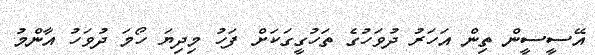
އޭސީސީން ތިން އަހަރު ދުވަހުގެ ތަހުގީގަކަށް ފަހު މިދިޔަ ހޯމަ ދުވަހު އާންމު